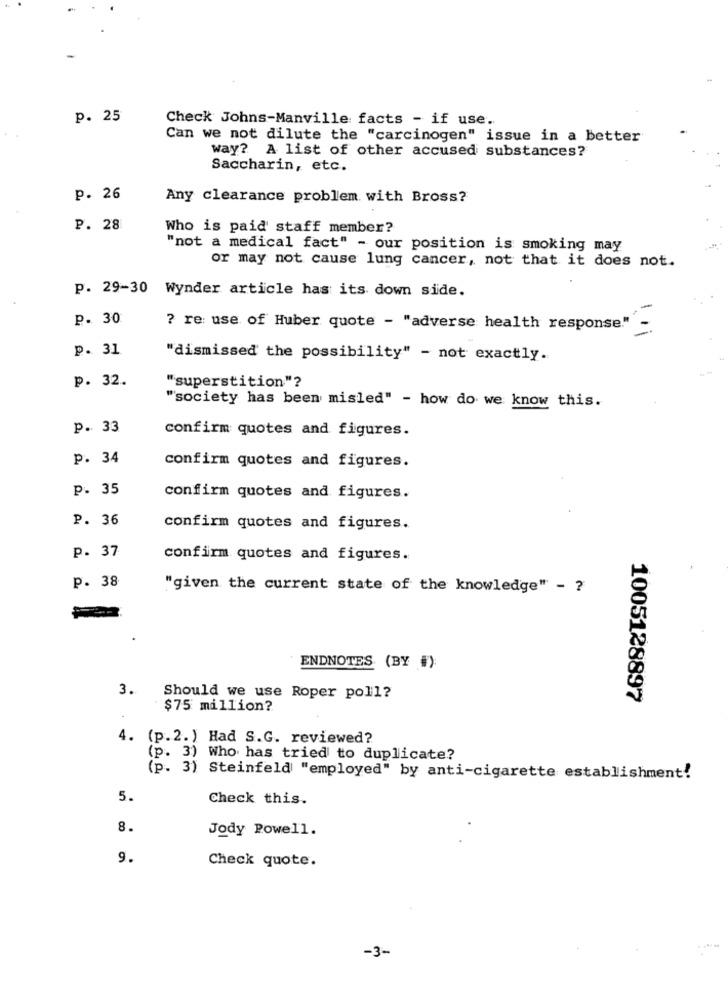
p. 25
Check Johns-Manville facts - if use.
Can we not dilute the "carcinogen" issue in a better
way? A list of other accused substances?
Saccharin, etc.
p. 26
Any clearance problem with Bross?
P. 28
Who is paid staff member?
"not a medical fact" - our position is smoking may
or may not cause lung cancer, not that it does not.
p. 29-30 Wynder article has its down side.
p. 30
? re: use of Huber quote - "adverse health response."
p. 31
"dismissed the possibility" - not exactly.
p. 32.
"superstition"?
"society has been misled" - how do we know this.
p. 33
confirm quotes and figures.
p. 34
confirm quotes and figures.
P. 35
confirm quotes and figures.
P. 36
confirm quotes and figures.
p. 37
confirm quotes and figures.
P. 38
"given the current state of the knowledge" - ?
ENDNOTES (BY #)
3.
Should we use Roper poll?
1005128897
$75 million?
4. (p.2.) Had S.G. reviewed?
(p. 3) Who has tried to duplicate?
(p. 3) Steinfeld "employed" by anti-cigarette establishment!
5.
Check this.
8.
Jody Powell.
9.
Check quote.
-3-